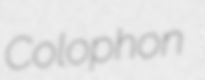
Colophon